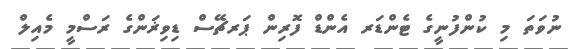
ނުވަތަ މި ކުންފުނީގެ ޓެންޑަރ އެންޑް ފޮރިން ޕަރޗޭސް ޑިވިޜަންގެ ރަސްމީ މެއިލް